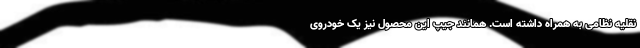
نقلیه نظامی به همراه داشته است. همانند جیپ این محصول نیز یک خودروی